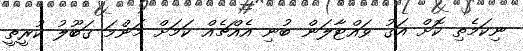
ނިކަމެތި ކޮށް އަގު ވައްޓާލަން ބުނި އެއްޗެއް ކަމަށް މަންމަ ޤަބޫލު ކުރީތީ